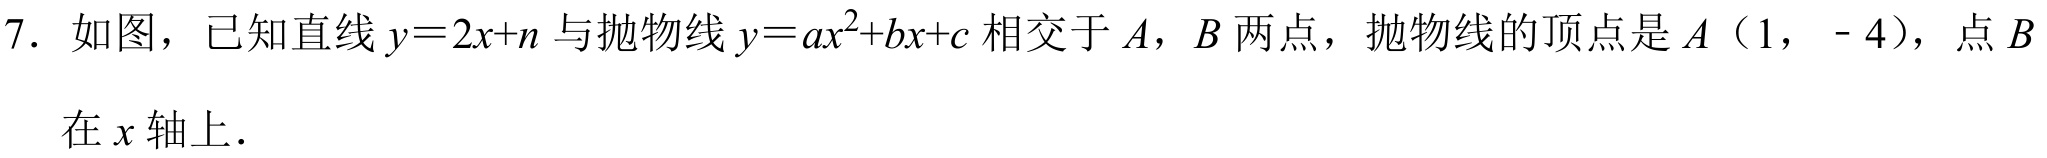
7. 如图，已知直线\(y = 2x + n\)与抛物线\(y = ax^{2}+bx + c\)相交于\(A\)，\(B\)两点，抛物线的顶点是\(A\)（\(1,-4\)），点\(B\)在\(x\)轴上.